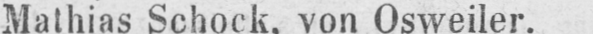
Mathias Schock. von Osweiler.